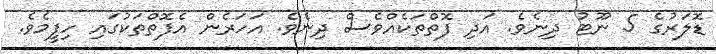
ޑޮލަރުގެ 5 ނޫޓު ދިނެވެ. އަދި ފޮތްތަކެއްވެސް ދިނެވެ. އަހަރެން އެފޮތްތަކުގައި ހިފީމެވެ.